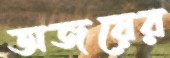
অজয়ের